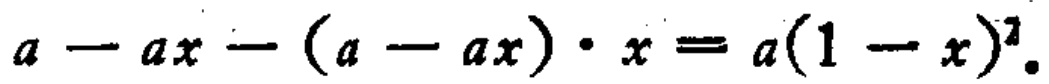
\(a - ax - (a - ax)\cdot x = a(1 - x)^2\)